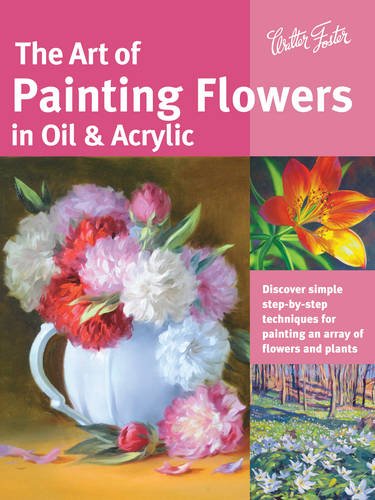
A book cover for The Art of Painting Flowers in Oil & Acrylic: Discover simple step-by-step techniques for painting an array of flowers and plants (Collector's Series); David Lloyd Glover; Arts & Photography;